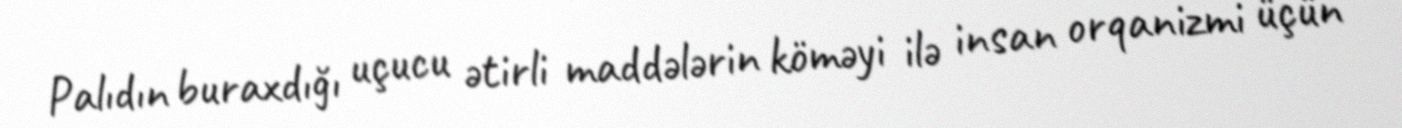
Palıdın buraxdığı uçucu ətirli maddələrin köməyi ilə insan orqanizmi üçün